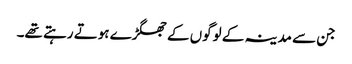
جن سے مدینہ کے لوگوں کے جھگڑے ہوتے رہتے تھے۔